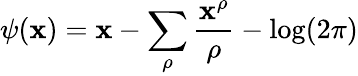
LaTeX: \psi(\mathbf{x})=\mathbf{x}-\sum_{\rho}{\frac{{\mathbf{x}^{\rho}}}{{\rho}}}-\log(2\pi)